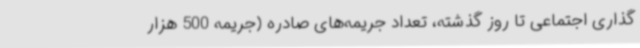
گذاری اجتماعی تا روز گذشته، تعداد جریمه‌های صادره (جریمه 500 هزار